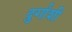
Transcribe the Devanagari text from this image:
दुर्गाशी